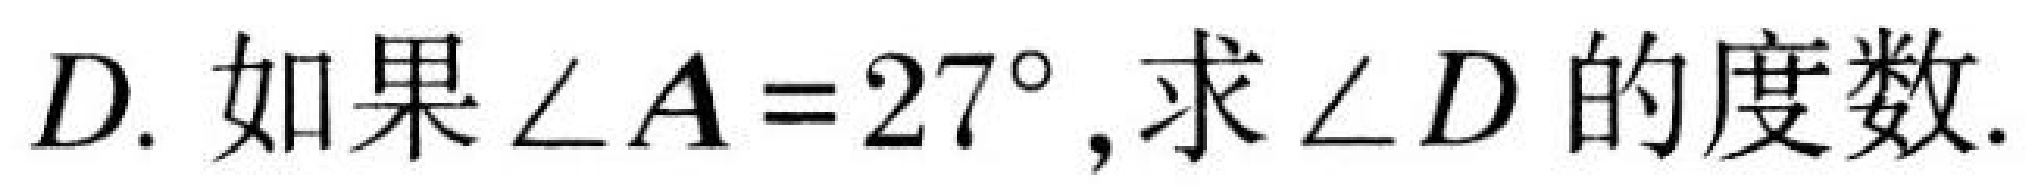
\(D\). 如果\(\angle A = 27^{\circ}\), 求\(\angle D\)的度数.